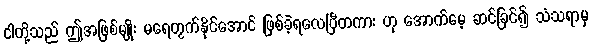
ငါတို့သည် ဤအဖြစ်မျိုး မရေတွက်နိုင်အောင် ဖြစ်ခဲ့ရလေပြီတကား ဟု အောက်မေ့ ဆင်ခြင်၍ သံသရာမှ